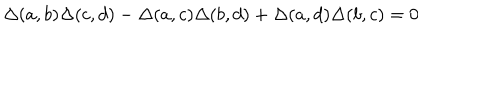
LaTeX: \Delta ( a , b ) \Delta ( c , d ) - \Delta ( a , c ) \Delta ( b , d ) + \Delta ( a , d ) \Delta ( b , c ) = 0